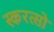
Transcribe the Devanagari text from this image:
स्करत्सो